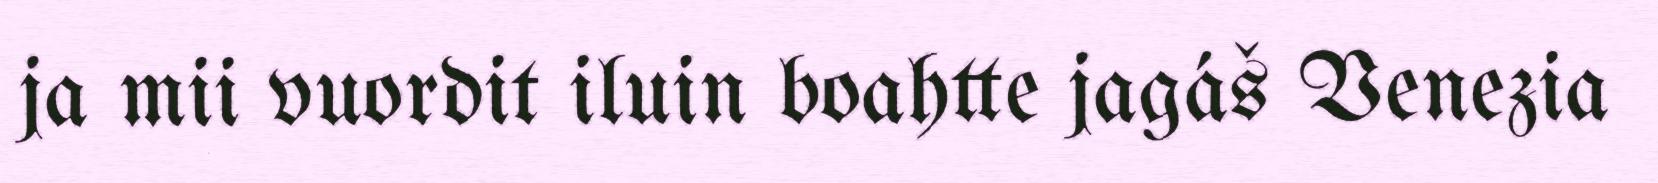
ja mii vuordit iluin boahtte jagáš Venezia